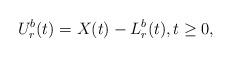
LaTeX: \begin{align*}U_r^{b}(t) = X(t) - L_r^b(t), t \geq 0,\end{align*}